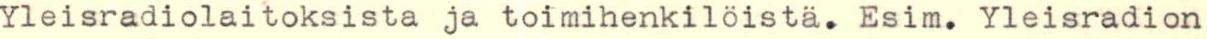
Yleisradiolaitoksista ja toimihenkilöistä. Esim. Yleisradion